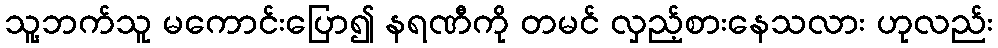
သူ့ဘက်သူ မကောင်းပြော၍ နရဏီကို တမင် လှည့်စားနေသလား ဟုလည်း